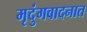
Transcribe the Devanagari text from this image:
मृदुंगवादनात